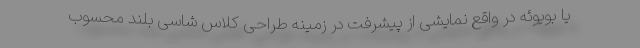
یا بویوئه در واقع نمایشی از پیشرفت در زمینه طراحی کلاس شاسی بلند محسوب